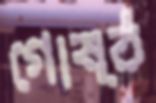
গোষ্ঠ